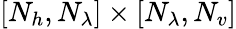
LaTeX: [N_{h},N_{\lambda}]\times[N_{\lambda},N_{v}]